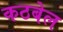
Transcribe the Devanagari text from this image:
कठबेल